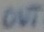
Text: OUT